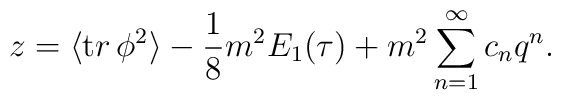
z=\langle {\mathrm tr }\, \phi ^2\rangle - {1\over 8} m^2 E_1(\tau ) +m^2 \sum_{n=1}^{\infty}c_{n}q^{n}.